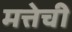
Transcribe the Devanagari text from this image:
मत्तेची